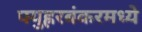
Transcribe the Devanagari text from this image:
फ्युह्ररबंकरमध्ये